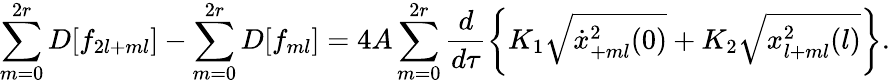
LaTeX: \sum_{m=0}^{2r}D[f_{2l+ml}]-\sum_{m=0}^{2r}D[f_{ml}]=4A\sum_{m=0}^{2r}\frac{d}{d\tau}\left\{ K_{1}\sqrt{\dot{x}_{+ml}^{2}(0)}+K_{2}\sqrt{x_{l+ml}^{2}(l)}\right\} .